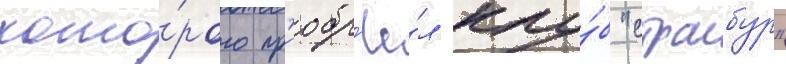
кото́рого пр'иобр'ё́л клу́б "страсбур"